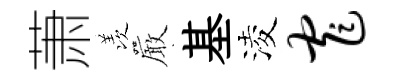
萧羡巖基淩窄